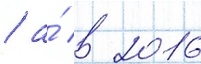
/ а́ в 2016